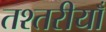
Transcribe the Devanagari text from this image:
तश्तरीयाँ